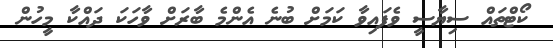
ކޯޓްތައް ސިޔާސީ ވެފައިވާ ކަމަށް ބުނެ އެންމެ ބާރަށް ވާހަކަ ދައްކާ މީހުން